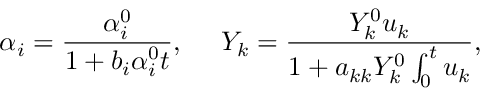
\alpha _ { i } = \frac { \alpha _ { i } ^ { 0 } } { 1 + b _ { i } \alpha _ { i } ^ { 0 } t } , \ \ \ \ Y _ { k } = \frac { Y _ { k } ^ { 0 } u _ { k } } { 1 + a _ { k k } Y _ { k } ^ { 0 } \int _ { 0 } ^ { t } u _ { k } } ,